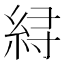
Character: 𱹳